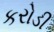
કરોડી